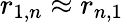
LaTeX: r_{1,n}\approx r_{n,1}